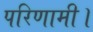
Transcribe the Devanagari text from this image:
परिणामी।